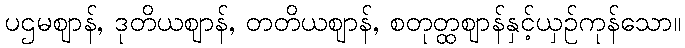
ပဌမဈာန်, ဒုတိယဈာန်, တတိယဈာန်, စတုတ္ထဈာန်နှင့်ယှဉ်ကုန်သော။